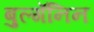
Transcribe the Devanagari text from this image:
बुल्गॅनिन